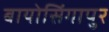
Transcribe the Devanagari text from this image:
बायोसिंगापुर